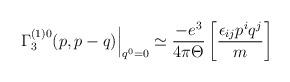
LaTeX: \begin{align*}\left. \Gamma _3^{(1)0}(p,p-q)\right| _{q^0=0}\simeq \frac{-e^3}{4\pi \Theta }\left[ \frac{\epsilon _{ij}p^iq^j}m\right] \end{align*}